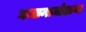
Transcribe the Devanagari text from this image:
गजान्तमोक्षाचा